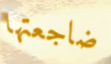
ضاجعتها